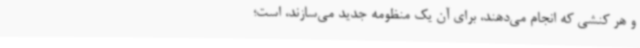
و هر کنشی که انجام می‌دهند، برای آن یک منظومه جدید می‌سازند، است؛